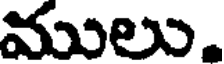
ములు,